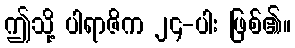
ဤသို့ ပါရာဇိက ၂၄-ပါး ဖြစ်၏။